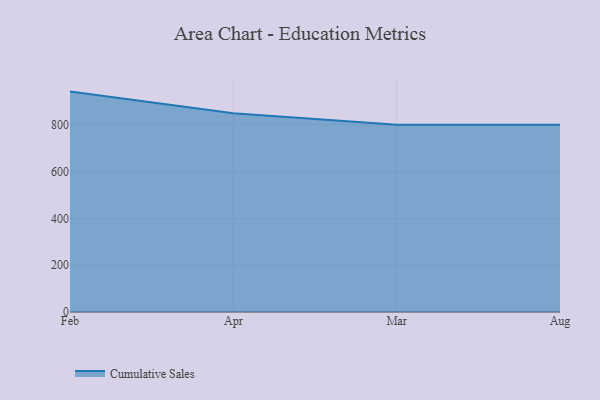
{"axis": {"x": "Month", "y": "Backlog"}, "legend": ["Cumulative Sales"], "data": [{"x": "Feb", "y": 941.9, "type": "Cumulative Sales"}, {"x": "Apr", "y": 849.0, "type": "Cumulative Sales"}, {"x": "Mar", "y": 800, "type": "Cumulative Sales"}, {"x": "Aug", "y": 800, "type": "Cumulative Sales"}]}